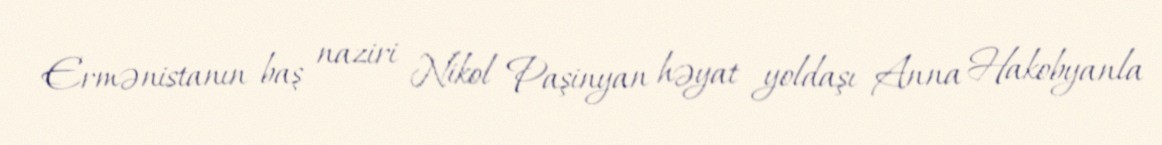
Ermənistanın baş naziri Nikol Paşinyan həyat yoldaşı Anna Hakobyanla